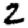
Digit: 2